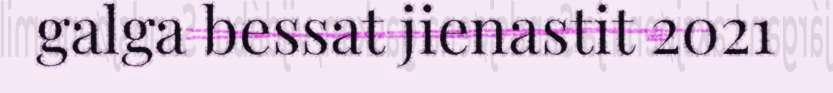
galga bessat jienastit 2021